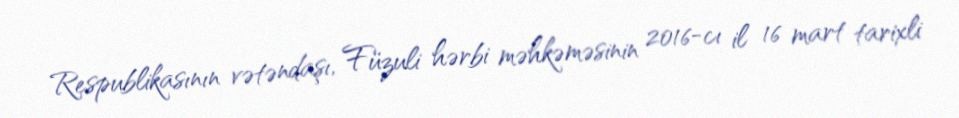
Respublikasının vətəndaşı, Füzuli hərbi məhkəməsinin 2016-cı il 16 mart tarixli